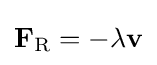
\mathbf {F} _{\rm {R}}=-\lambda \mathbf {v}